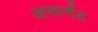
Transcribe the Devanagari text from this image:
अन्तर्नाद